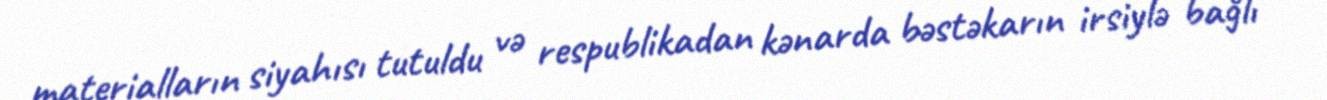
materialların siyahısı tutuldu və respublikadan kənarda bəstəkarın irsiylə bağlı